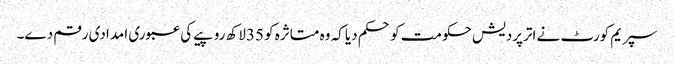
سپریم کورٹ نے اترپردیش حکومت کو حکم دیا کہ وہ متاثرہ کو 35لاکھ روپیے کی عبوری امدادی رقم دے۔